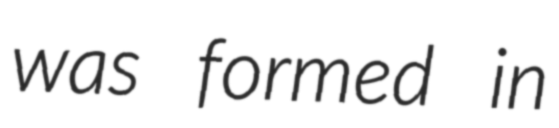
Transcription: was formed in